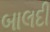
બાલદી